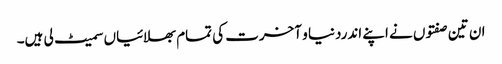
ان تین صفتوں نے اپنے اندردنیا و آخرت کی تمام بھلائیاں سمیٹ لی ہیں۔